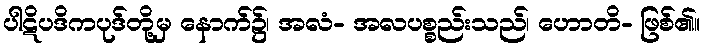
ပါဋိပဒိကပုဒ်တို့မှ နောက်၌၊ အလံ- အလပစ္စည်းသည်၊ ဟောတိ- ဖြစ်၏။